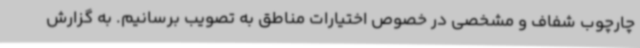
چارچوب شفاف و مشخصی در خصوص اختیارات مناطق به تصویب برسانیم. به گزارش